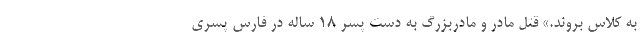
به کلاس بروند.» قتل مادر و مادربزرگ به دست پسر ۱۸ ساله در فارس پسری